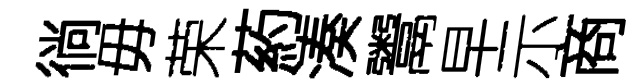
徜毋荣葯湊鬻早示商